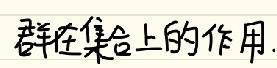
群在集合上的作用.